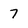
Character: 7